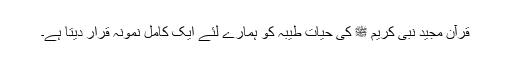
قرآن مجید نبی کریم ﷺ کی حیات طیبہ کو ہمارے لئے ایک کامل نمونہ قرار دیتا ہے۔